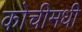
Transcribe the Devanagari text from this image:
कोचीमधी